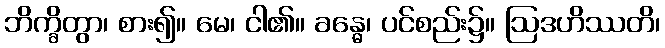
ဘိက္ခိတွာ၊ စား၍။ မေ၊ ငါ၏။ ခန္ဓေ၊ ပင်စည်း၌။ ဩဒဟိဿတိ၊